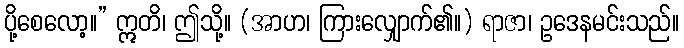
ပို့စေလော့။” ဣတိ၊ ဤသို့။ (အာဟ၊ ကြားလျှောက်၏။) ရာဇာ၊ ဥဒေနမင်းသည်။